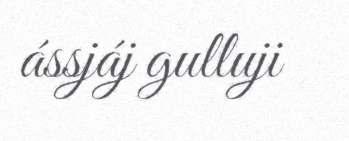
ássjáj gulluji